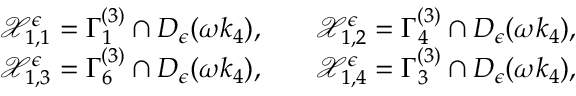
\begin{array} { r l r l } & { \mathcal { X } _ { 1 , 1 } ^ { \epsilon } = \Gamma _ { 1 } ^ { ( 3 ) } \cap D _ { \epsilon } ( \omega k _ { 4 } ) , } & & { \mathcal { X } _ { 1 , 2 } ^ { \epsilon } = \Gamma _ { 4 } ^ { ( 3 ) } \cap D _ { \epsilon } ( \omega k _ { 4 } ) , } \\ & { \mathcal { X } _ { 1 , 3 } ^ { \epsilon } = \Gamma _ { 6 } ^ { ( 3 ) } \cap D _ { \epsilon } ( \omega k _ { 4 } ) , } & & { \mathcal { X } _ { 1 , 4 } ^ { \epsilon } = \Gamma _ { 3 } ^ { ( 3 ) } \cap D _ { \epsilon } ( \omega k _ { 4 } ) , } \end{array}